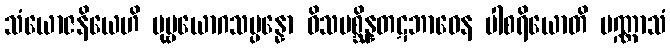
သံယောဇနိယေဟိ ပုဗ္ဗယောဂသမ္ပန္နော ဝိသမစ္ဆိန္နတဋဘာဝေန ပါစရိယောတိ ပဏ္ဏာသံ